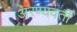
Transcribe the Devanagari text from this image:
अरण्यवर्ती